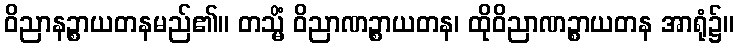
ဝိညာနဉ္စာယတနမည်၏။ တသ္မိံ ဝိညာဏဉ္စာယတန၊ ထိုဝိညာဏဉ္စာယတန အာရုံ၌။